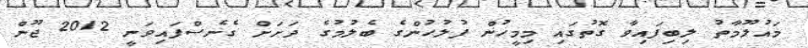
މައުލޫމާތު ލިބިފައިވާ ގޮތުގައި މިމީހުން ފުލުހުންގެ ބެލުމުގެ ދަށަށް ގެނެސްފައިވަނީ 2012 ޖޫން